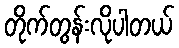
တိုက်တွန်းလိုပါတယ်